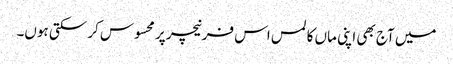
میں آج بھی اپنی ماں کا لمس اس فرنیچر پر محسوس کر سکتی ہوں۔